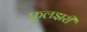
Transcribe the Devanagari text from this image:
फुलझरी